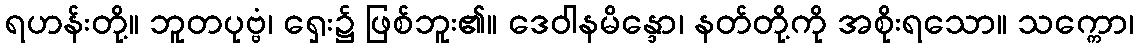
ရဟန်းတို့။ ဘူတပုဗ္ဗံ၊ ရှေး၌ ဖြစ်ဘူး၏။ ဒေဝါနမိန္ဒော၊ နတ်တို့ကို အစိုးရသော။ သက္ကော၊